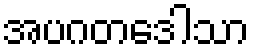
အပဂတဒေါသာ